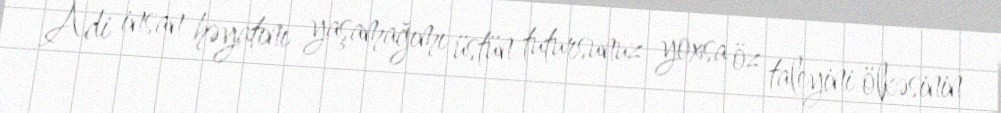
Adi insan həyatını yaşamağımı üstün tutursunuz yoxsa öz taleyini ölkəsinin